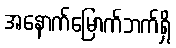
အနောက်မြောက်ဘက်ရှိ